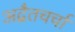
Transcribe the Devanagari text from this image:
अद्वैतचर्चा